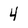
Character: 4